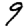
Digit: 9